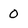
Character: 0